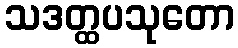
သဒတ္ထပသုတော